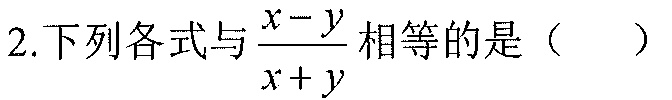
2.下列各式与\(\dfrac{x - y}{x + y}\)相等的是（  ）